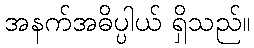
အနက်အဓိပ္ပါယ် ရှိသည်။